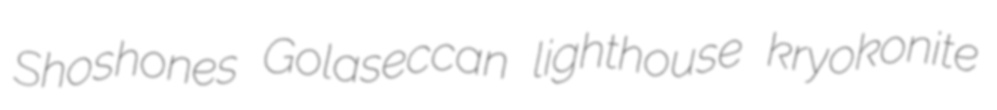
Shoshones Golaseccan lighthouse kryokonite